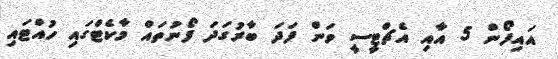
އައިފޯން 5 އާއި އެޗްޓީސީ ވަން ފަދަ ބާރުގަދަ ފޯނުތައް މާކެޓްގައި ހުއްޓައި